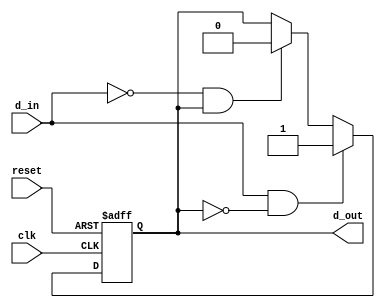
module schmitt_trigger_buffer (
    input wire clk,
    input wire reset,
    input wire d_in,
    output reg d_out
);

reg reg_d_out;

always @ (posedge clk or posedge reset) begin
    if (reset) begin
        reg_d_out <= 1'b0;
    end else begin
        if (d_in && !reg_d_out) begin
            reg_d_out <= 1'b1;
        end else if (!d_in && reg_d_out) begin
            reg_d_out <= 1'b0;
        end
    end
end

assign d_out = reg_d_out;

endmodule